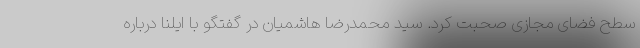
سطح فضای مجازی صحبت کرد. سید محمدرضا هاشمیان در گفتگو با ایلنا درباره